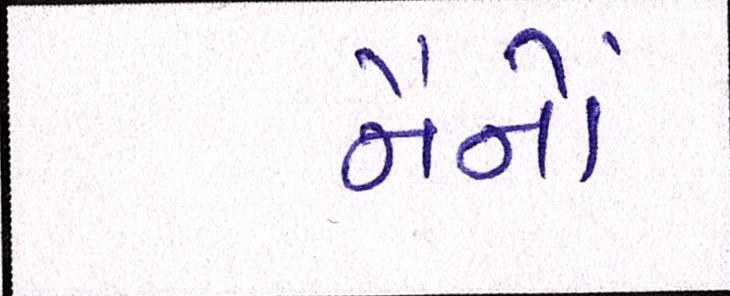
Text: નૈનોં